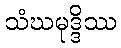
သံဃမုဒ္ဒိဿ